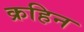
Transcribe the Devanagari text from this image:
क्रहिन